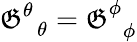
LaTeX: \mathfrak{G}_{\, \, \, \theta}^{\theta}=\mathfrak{G}_{\, \, \, \phi}^{\phi}